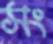
সং